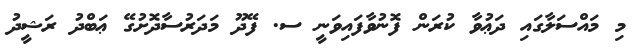
މި މައްސަލާގައި ދަޢުވާ ކުރަން ފޮނުވާފައިވަނީ ސ. ފޭދޫ މަދަރުސާދޮށުގޭ ޢަބްދު ރަޝީދު